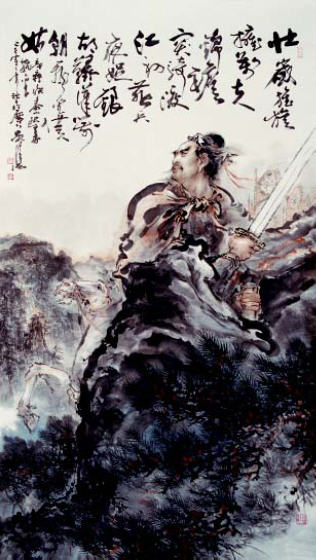
却将万字平戎策，换得东家种树书。